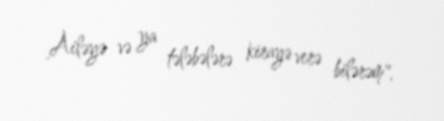
Ailəyə və ya tələbələrə kirayə verə bilərəm".